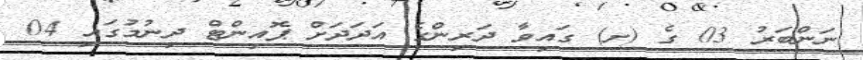
ނަންބަރު 03 ގެ (ށ) ގައިވާ ދަރިންގެ އަދަދަށް ޕޮއިންޓް ދިނުމުގައި 04